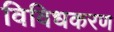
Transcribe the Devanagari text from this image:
विविधकरण